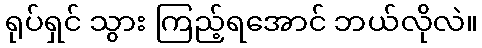
ရုပ်ရှင် သွား ကြည့်ရအောင် ဘယ်လိုလဲ။